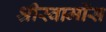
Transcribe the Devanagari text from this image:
श्रीस्वामींस